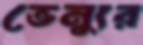
ভেন্যুর